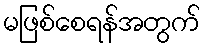
မဖြစ်စေရန်အတွက်